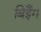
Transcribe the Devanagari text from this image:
बिईँग